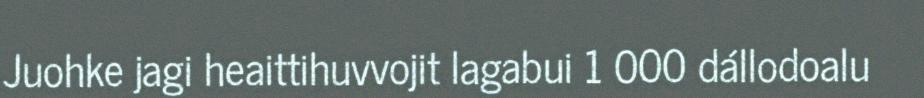
Juohke jagi heaittihuvvojit lagabui 1 000 dállodoalu